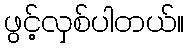
ဖွင့်လှစ်ပါတယ်။